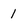
Character: 1